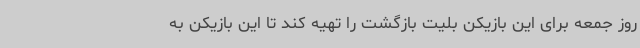
روز جمعه برای این بازیکن بلیت بازگشت را تهیه کند تا این بازیکن به